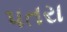
પતરા